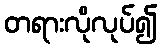
တရားလိုလုပ်၍